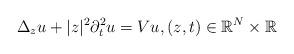
LaTeX: \begin{align*}\Delta_zu +|z|^2\partial_t^2u = Vu, (z,t) \in \mathbb{R}^N \times \mathbb{R}\end{align*}